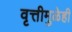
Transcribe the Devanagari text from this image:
वृत्तीमुळेही